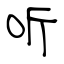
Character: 听